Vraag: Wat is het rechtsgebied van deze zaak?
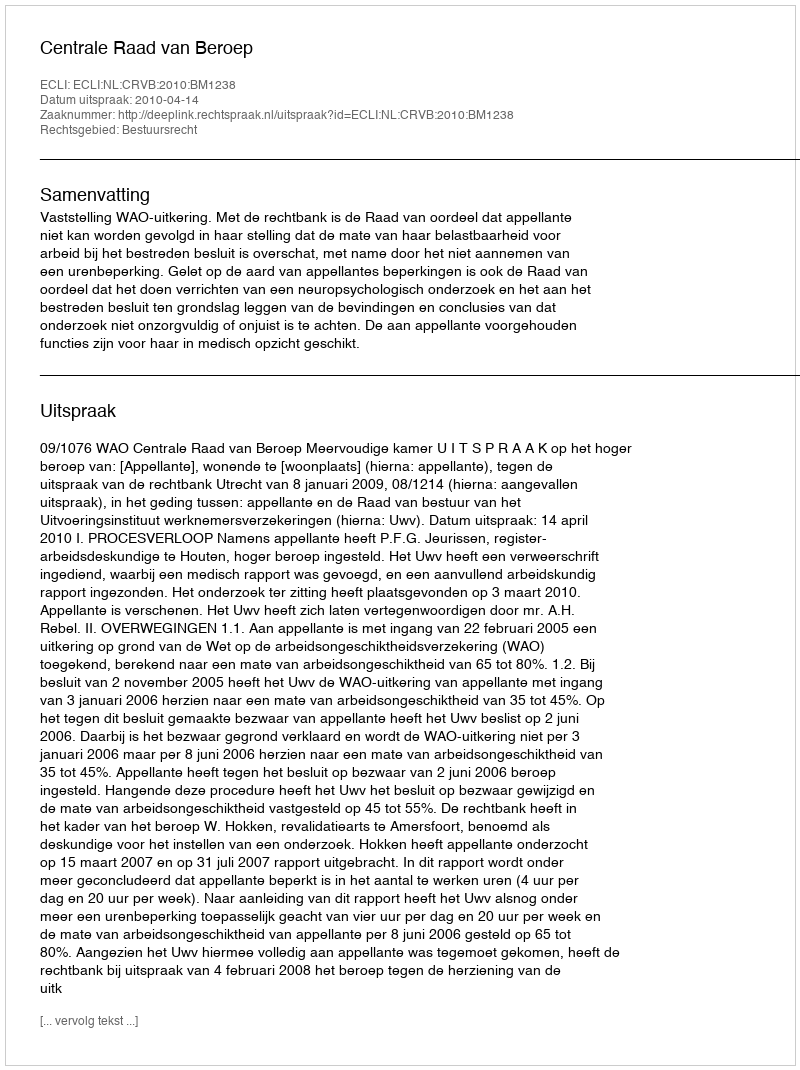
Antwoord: Bestuursrecht